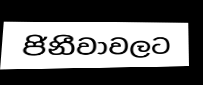
ජිනීවාවලට